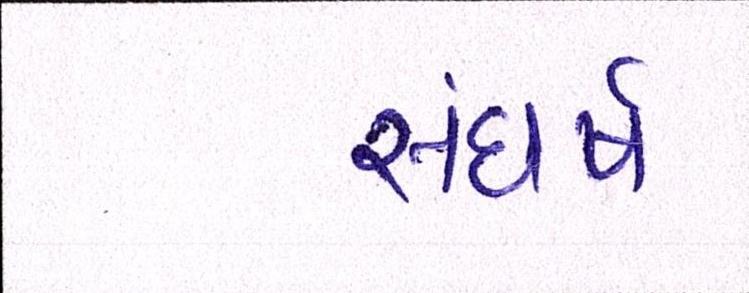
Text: સંઘર્ષ